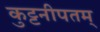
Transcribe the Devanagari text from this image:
कुट्टनीपतम्